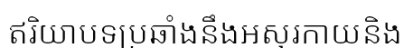
ឥរិយាបទប្រឆាំងនឹងអសុរកាយនិង